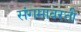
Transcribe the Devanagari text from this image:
संगमावरती